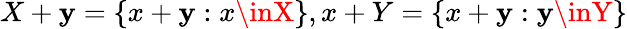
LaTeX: X+\mathbf{y}=\{ x+\mathbf{y}:x\inX\} ,x+Y=\{ x+\mathbf{y}:\mathbf{y}\inY\}